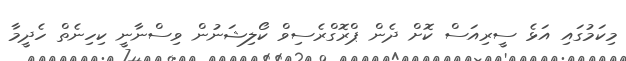
މިކަމުގައި އަޅެ ސީރިއަސް ކޮށް ދެން ޕްރޮގްރެސިވް ކޯލިޝަނުން ވިސްނާނީ ކިހިނެތް ހެދީމާ